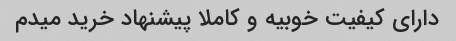
دارای کیفیت خوبیه و کاملا پیشنهاد خرید میدم